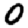
Digit: 0